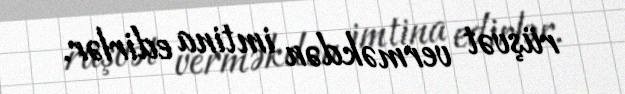
rüşvət verməkdən imtina edirlər.